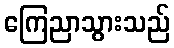
ကြေညာသွားသည်